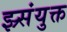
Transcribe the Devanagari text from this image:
झ्र्संयुक्त